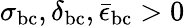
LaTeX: \sigma_{\mathrm{bc}},\delta_{\mathrm{bc}},\bar{\epsilon}_{\mathrm{bc}}>0